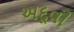
અદૂવી